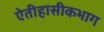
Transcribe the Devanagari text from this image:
ऐतीहासीकभाग